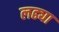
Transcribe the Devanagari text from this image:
लढ्या